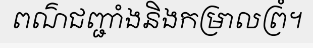
ពណ៌ជញ្ជាំងនិងកម្រាលព្រំ។